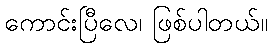
ကောင်းပြီလေ၊ ဖြစ်ပါတယ်။